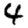
Digit: 4